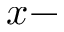
x -